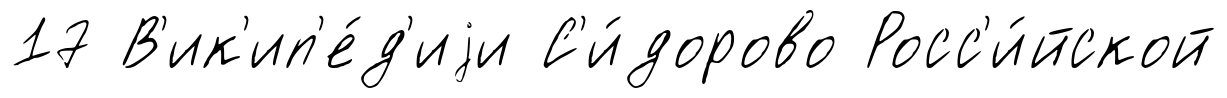
17 В'ик'ип'е́д'иjи С'и́дорово Росс'и́йской